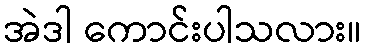
အဲဒါ ကောင်းပါသလား။